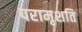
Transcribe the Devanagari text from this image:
परामृशति